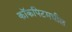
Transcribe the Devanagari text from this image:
कॉकपिटमधील